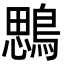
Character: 𪃄